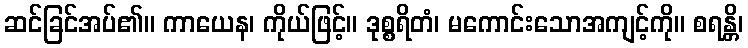
ဆင်ခြင်အပ်၏။ ကာယေန၊ ကိုယ်ဖြင့်။ ဒုစ္စရိတံ၊ မကောင်းသောအကျင့်ကို။ စရန္တိ၊